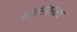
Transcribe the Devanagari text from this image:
नावांसंदर्भात